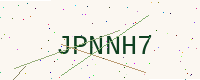
Text: JPNNH7